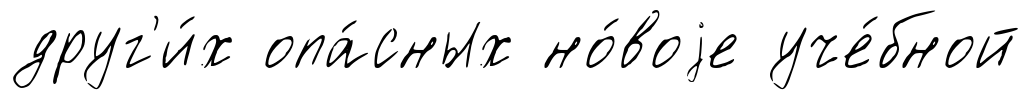
друг'и́х опа́сных но́воjе уче́бной